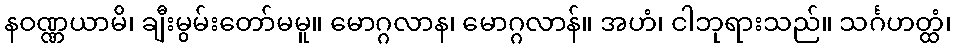
နဝဏ္ဏယာမိ၊ ချီးမွမ်းတော်မမူ။ မောဂ္ဂလာန၊ မောဂ္ဂလာန်။ အဟံ၊ ငါဘုရားသည်။ သင်္ဂဟတ္ထံ၊